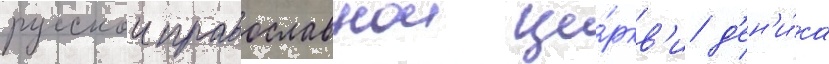
русскои православнои це́ркв'и д'ен'и́са